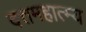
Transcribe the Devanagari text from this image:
दत्तमहात्म्य